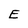
Character: E